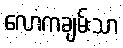
လောကချမ်းသာ